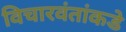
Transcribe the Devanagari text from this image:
विचारवंतांकडे